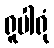
ရူပါရုံ